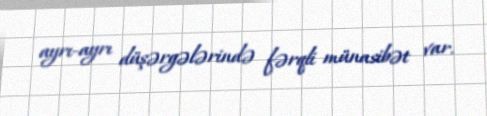
ayrı-ayrı düşərgələrində fərqli münasibət var.